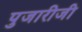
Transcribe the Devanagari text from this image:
पुजारीजी